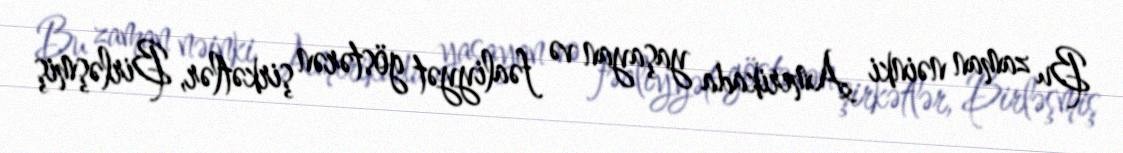
Bu zaman nəinki Amerikada yaşayan və fəaliyyət göstərən şirkətlər, Birləşmiş